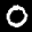
Label: 0